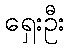
ရှေးဦး